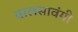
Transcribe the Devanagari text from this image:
वालसावंगी